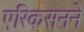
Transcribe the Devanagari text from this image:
एरिकसनने